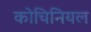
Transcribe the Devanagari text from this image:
कोचिनियल